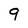
Character: 9